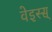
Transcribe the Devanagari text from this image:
वेइस्स्